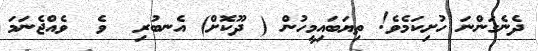
ދެނެގަންނަ ހުށިކަމެވެ! ތިޔަބައިމީހުން ( ދޫކޮށް) އެނބުރި  ވެ  ވެއްޖެނަމަ